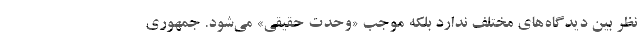
نظر بین دیدگاه‌های مختلف ندارد بلکه موجب «وحدت حقیقی» می‌شود. جمهوری